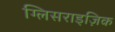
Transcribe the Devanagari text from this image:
ग्लिसराइज़िक